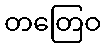
တတြေဝ